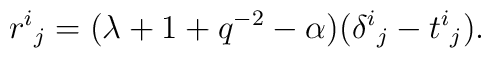
{r^i}_j = (\lambda +1 +q^{-2} - \alpha)({\delta^i}_j - {t^i}_j).